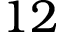
1 2